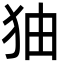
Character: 㹨